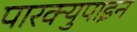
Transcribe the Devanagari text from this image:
पारक्युपाइन